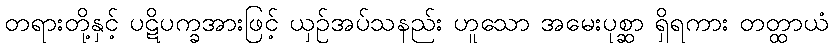
တရားတို့နှင့် ပဋိပက္ခအားဖြင့် ယှဉ်အပ်သနည်း ဟူသော အမေးပုစ္ဆာ ရှိရကား တတ္ထာယံ